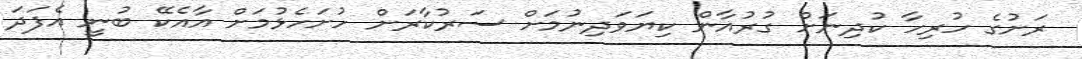
ރަށުގެ ހުރިހާ ކުދިނަށް ގުރުއާން ކިޔަވަދިނުމަށް ސަރުކާރަށް ހުށަހެޅުމަށް އާއެކޭ ބުނީ އެފަދަ